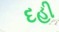
દહી